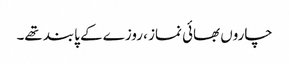
چاروں بھائی نماز ، روزے کے پابند تھے۔